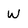
Character: W